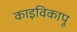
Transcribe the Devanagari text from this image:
काइविकापू